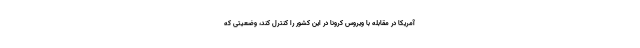
آمریکا در مقابله با ویروس کرونا در این کشور را کنترل کند، وضعیتی که